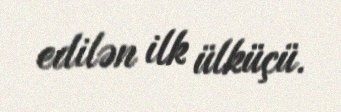
edilən ilk ülküçü.